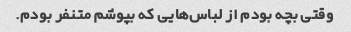
وقتی بچه بودم از لباس‌هایی که بپوشم متنفر بودم.